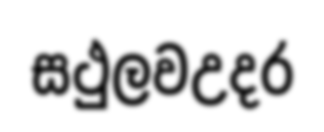
සථුලවඋදර